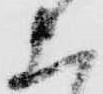
上